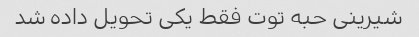
شیرینی حبه توت فقط یکی تحویل داده شد